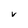
Character: v